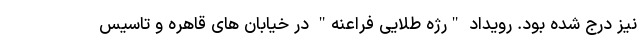
نیز درج شده بود. رویداد "رژه طلایی فراعنه" در خیابان های قاهره و تاسیس